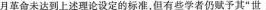
月革命未达到上述理论设定的标准，但有些学者仍赋予其”世